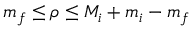
m _ { f } \le \rho \le M _ { i } + m _ { i } - m _ { f }